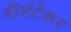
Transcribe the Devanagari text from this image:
बीर्सटेकर